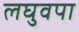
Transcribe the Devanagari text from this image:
लघुवपा